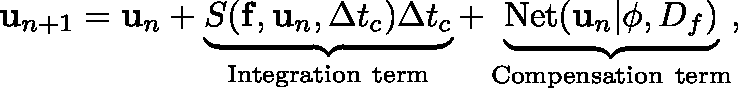
\mathbf { u } _ { n + 1 } = \mathbf { u } _ { n } + \underbrace { S ( \mathbf { f } , \mathbf { u } _ { n } , \Delta t _ { c } ) \Delta t _ { c } } _ { \mathrm { I n t e g r a t i o n ~ t e r m } } + \underbrace { \mathrm { N e t } ( \mathbf { u } _ { n } | \mathbf { \phi } , \mathbb { D } _ { f } ) } _ { \mathrm { C o m p e n s a t i o n ~ t e r m } } ,